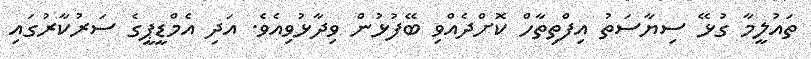
ތައުލީމާ ގުޅޭ ސިޔާސަތު އިފްތިތާހް ކޮށްދެއްވި ބޭފުޅުން ވިދާޅުވިއެވެ. އަދި އެމްޑީޕީގެ ސަރުކާރުގައި